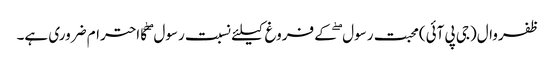
ظفروال(جی پی آئی)محبت رسول ۖ کے فروغ کیلئے نسبت رسول ۖ کا احترام ضروری ہے۔